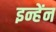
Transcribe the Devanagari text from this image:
इन्हेंन